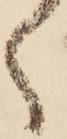
く